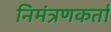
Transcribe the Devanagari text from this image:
निमंत्रणकर्ता